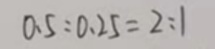
0 . 5 : 0 . 2 5 = 2 : 1